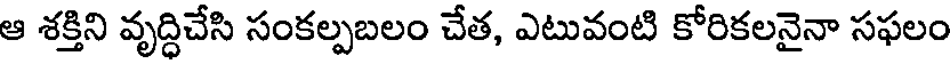
ఆ శక్తిని వృద్ధిచేసి సంకల్పబలం చేత, ఎటువంటి కోరికలనైనా సఫలం